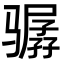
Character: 骣